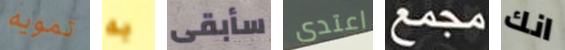
تمويه به سأبقى اعتدى مجمع انك